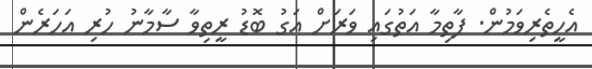
އެހީތެރިވަމުން. ފާތިމާ އަތުގައި ވަރަށް އަގު ބޮޑު ރީތިވާ ސާމާނު ހުރި އަހަރެން